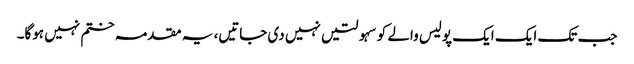
جب تک ایک ایک پولیس والے کو سہولتیں نہیں دی جاتیں، یہ مقدمہ ختم نہیں ہوگا۔